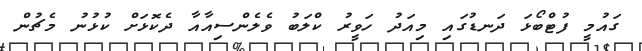
ގައުމީ ފުޓްބޯޅަ ދަނޑުގައި މިއަދު ހަވީރު ކްލަބު ވެލެންސިއާއާ ދެކޮޅަށް ކުޅުނު މެޗުން